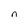
Character: n